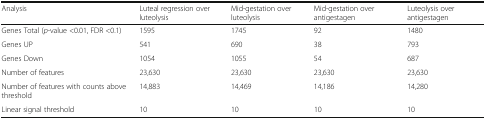
| Analysis | Luteal regression over luteolysis | Mid-gestation over luteolysis | Mid-gestation over antigestagen | Luteolysis over antigestagen |
 | --- | --- | --- | --- | --- |
 | Genes Total (p-value <0.01, FDR <0.1) | 1595 | 1745 | 92 | 1480 |
 | Genes UP | 541 | 690 | 38 | 793 |
 | Genes Down | 1054 | 1055 | 54 | 687 |
 | Number of features | 23,630 | 23,630 | 23,630 | 23,630 |
 | Number of features with counts above threshold | 14,883 | 14,469 | 14,186 | 14,280 |
 | Linear signal threshold | 10 | 10 | 10 | 10 |